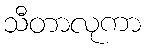
သီတာလုကာ